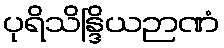
ပုရိသိန္ဒြိယဉာဏံ